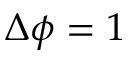
\Delta \phi = 1